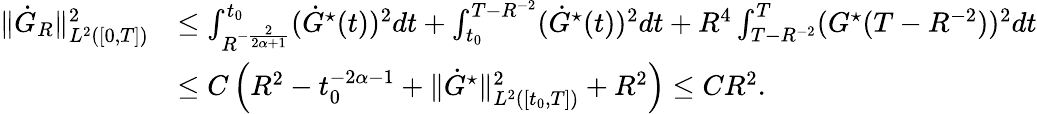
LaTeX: \begin{array}{rl}{\| \dot{G}_{R}\| _{L^{2}([0,T])}^{2}}&{\le\int_{R^{-\frac{2}{2\alpha+1}}}^{t_{0}}(\dot{G}^{\star}(t))^{2}dt+\int_{t_{0}}^{T-R^{-2}}(\dot{G}^{\star}(t))^{2}dt+R^{4}\int_{T-R^{-2}}^{T}(G^{\star}(T-R^{-2}))^{2}dt}\\ &{\le C\left(R^{2}-t_{0}^{-2\alpha-1}+\| \dot{G}^{\star}\| _{L^{2}([t_{0},T])}^{2}+R^{2}\right)\le CR^{2}.}\end{array}